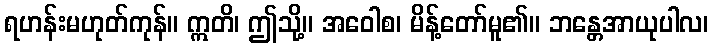
ရဟန်းမဟုတ်ကုန်။ ဣတိ၊ ဤသို့။ အဝေါစ၊ မိန့်တော်မူ၏။ ဘန္တေအာယုပါလ၊